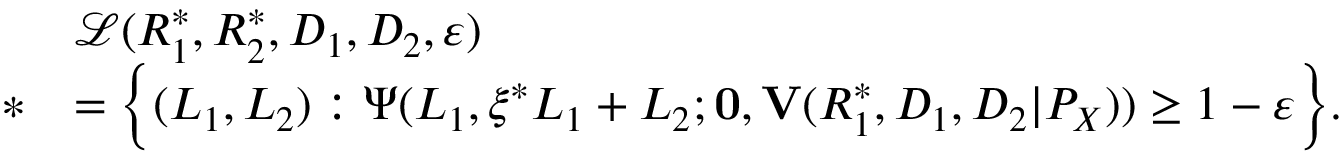
\begin{array} { r l } & { \mathcal { L } ( R _ { 1 } ^ { * } , R _ { 2 } ^ { * } , D _ { 1 } , D _ { 2 } , \varepsilon ) } \\ { * } & { = \Big \{ ( L _ { 1 } , L _ { 2 } ) : \Psi ( L _ { 1 } , \xi ^ { * } L _ { 1 } + L _ { 2 } ; \mathbf { 0 } , \mathbf { V } ( R _ { 1 } ^ { * } , D _ { 1 } , D _ { 2 } | P _ { X } ) ) \geq 1 - \varepsilon \Big \} . } \end{array}